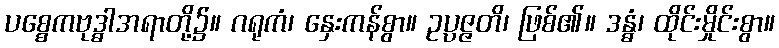
ပစ္စေကဗုဒ္ဓါအရာတို့၌။ ဂရုကံ၊ နှေးကန်စွာ။ ဥပ္ပဇ္ဇတိ၊ ဖြစ်၏။ ဒန္ဓံ၊ ထိုင်းမှိုင်းစွာ။